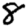
Digit: 8